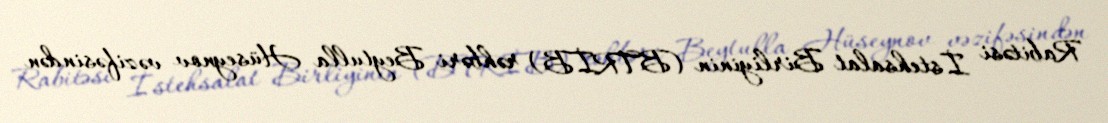
Rabitəsi İstehsalat Birliyinin (BTRİB) rəhbəri Beytulla Hüseynov vəzifəsindən